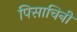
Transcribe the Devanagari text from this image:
पिसाचिनी